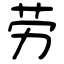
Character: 劳